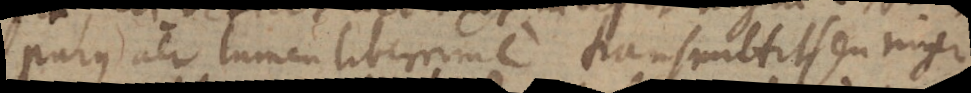
purus aer lumen liberrime transmittit seu niger